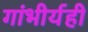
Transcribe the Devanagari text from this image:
गांभीर्यही